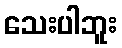
သေးပါဘူး